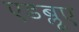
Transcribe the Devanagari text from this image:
एडब्लूए